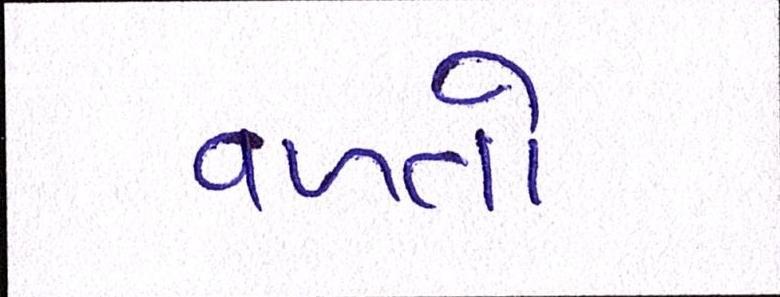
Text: વળતો